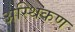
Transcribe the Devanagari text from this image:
अस्थिकण